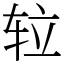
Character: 䢂